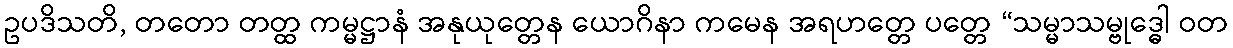
ဥပဒိသတိ, တတော တတ္ထ ကမ္မဋ္ဌာနံ အနုယုတ္တေန ယောဂိနာ ကမေန အရဟတ္တေ ပတ္တေ “သမ္မာသမ္ဗုဒ္ဓေါ ဝတ